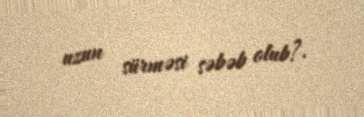
uzun sürməsi səbəb olub?.